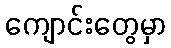
ကျောင်းတွေမှာ